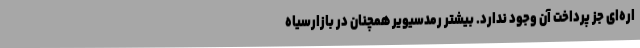
اره‌ای جز پرداخت آن وجود ندارد. بیشتر رمدسیویر همچنان در بازارسیاه